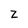
Character: Z